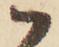
ハ